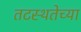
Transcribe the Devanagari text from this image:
तटस्थतेच्या